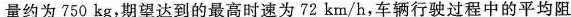
量约为750kg，期望达到的最高时速为72km/h，车辆行驶过程中的平均阻